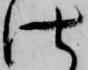
仕